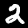
Digit: 2